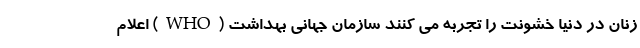
زنان در دنیا خشونت را تجربه می کنند سازمان جهانی بهداشت (WHO) اعلام